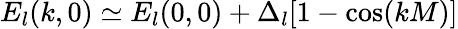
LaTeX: E_{l}(k,0)\simeq E_{l}(0,0)+\Delta_{l}[1-\cos(kM)]